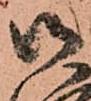
御